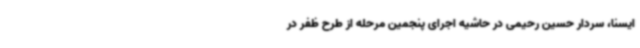
ایسنا، سردار حسین رحیمی در حاشیه اجرای پنجمین مرحله از طرح ظفر در